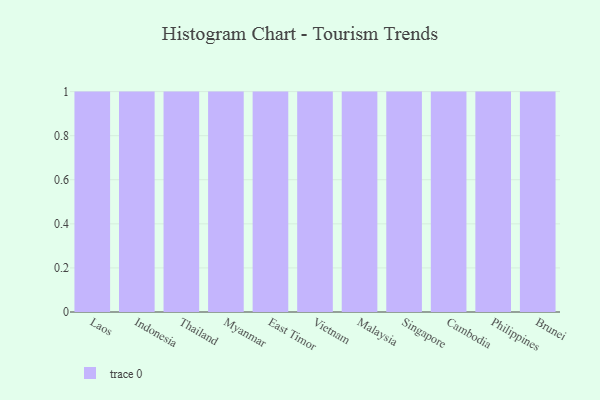
{"axis": {"x": "Country", "y": "Demand Index"}, "legend": [""], "data": [{"x": "Laos", "y": 64, "type": ""}, {"x": "Indonesia", "y": 69, "type": ""}, {"x": "Thailand", "y": 67, "type": ""}, {"x": "Myanmar", "y": 11, "type": ""}, {"x": "East Timor", "y": 30, "type": ""}, {"x": "Vietnam", "y": 56, "type": ""}, {"x": "Malaysia", "y": 33, "type": ""}, {"x": "Singapore", "y": 27, "type": ""}, {"x": "Cambodia", "y": 64, "type": ""}, {"x": "Philippines", "y": 33, "type": ""}, {"x": "Brunei", "y": 72, "type": ""}]}